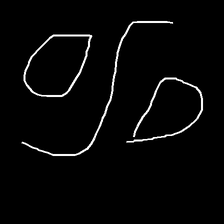
Glyph: water